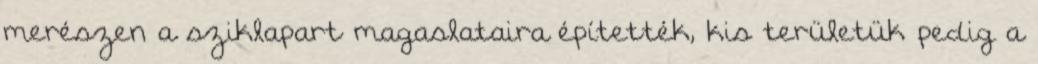
merészen a sziklapart magaslataira építették, kis területük pedig a